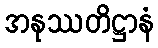
အနုဿတိဋ္ဌာနံ